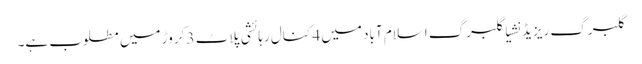
گلبرگ ریزیڈنشیا گلبرگ اسلام آباد میں 4 کنال رہائشی پلاٹ 3 کروڑ میں مطلوب ہے۔